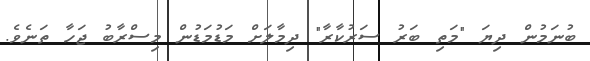
ބުނަމުން ދިޔަ "މަތި ބަރު ސަރުކާރާ" ދިމާލަށް މަޑުމަޑުން މިސްރާބު ޖަހާ ތަނެވެ.